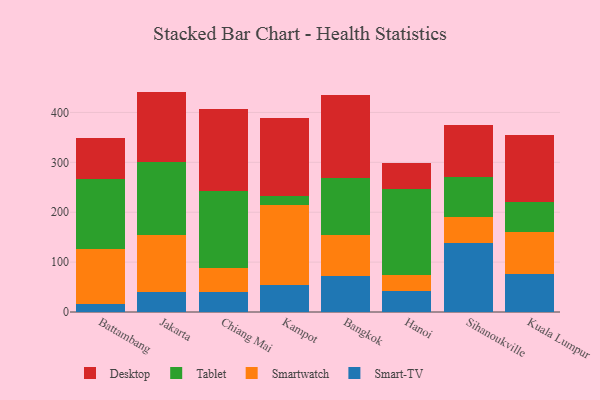
{"axis": {"x": "City", "y": "Satisfaction Score"}, "legend": ["Desktop", "Smart-TV", "Smartwatch", "Tablet"], "data": [{"x": "Battambang", "y": 16.7, "type": "Smart-TV"}, {"x": "Battambang", "y": 109.8, "type": "Smartwatch"}, {"x": "Battambang", "y": 140.4, "type": "Tablet"}, {"x": "Battambang", "y": 82.9, "type": "Desktop"}, {"x": "Jakarta", "y": 40.3, "type": "Smart-TV"}, {"x": "Jakarta", "y": 113.3, "type": "Smartwatch"}, {"x": "Jakarta", "y": 147.5, "type": "Tablet"}, {"x": "Jakarta", "y": 140.7, "type": "Desktop"}, {"x": "Chiang Mai", "y": 41.0, "type": "Smart-TV"}, {"x": "Chiang Mai", "y": 48.2, "type": "Smartwatch"}, {"x": "Chiang Mai", "y": 153.3, "type": "Tablet"}, {"x": "Chiang Mai", "y": 165.0, "type": "Desktop"}, {"x": "Kampot", "y": 54.7, "type": "Smart-TV"}, {"x": "Kampot", "y": 158.9, "type": "Smartwatch"}, {"x": "Kampot", "y": 18.1, "type": "Tablet"}, {"x": "Kampot", "y": 156.2, "type": "Desktop"}, {"x": "Bangkok", "y": 71.6, "type": "Smart-TV"}, {"x": "Bangkok", "y": 83.7, "type": "Smartwatch"}, {"x": "Bangkok", "y": 112.7, "type": "Tablet"}, {"x": "Bangkok", "y": 166.3, "type": "Desktop"}, {"x": "Hanoi", "y": 43.1, "type": "Smart-TV"}, {"x": "Hanoi", "y": 31.6, "type": "Smartwatch"}, {"x": "Hanoi", "y": 172.2, "type": "Tablet"}, {"x": "Hanoi", "y": 51.7, "type": "Desktop"}, {"x": "Sihanoukville", "y": 138.9, "type": "Smart-TV"}, {"x": "Sihanoukville", "y": 51.5, "type": "Smartwatch"}, {"x": "Sihanoukville", "y": 79.7, "type": "Tablet"}, {"x": "Sihanoukville", "y": 103.9, "type": "Desktop"}, {"x": "Kuala Lumpur", "y": 75.5, "type": "Smart-TV"}, {"x": "Kuala Lumpur", "y": 84.3, "type": "Smartwatch"}, {"x": "Kuala Lumpur", "y": 61.7, "type": "Tablet"}, {"x": "Kuala Lumpur", "y": 132.7, "type": "Desktop"}]}